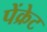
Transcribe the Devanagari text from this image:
पेंक्रेट